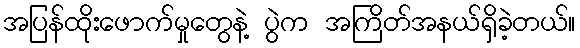
အပြန်ထိုးဖောက်မှုတွေနဲ့ ပွဲက အကြိတ်အနယ်ရှိခဲ့တယ်။